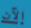
الآن